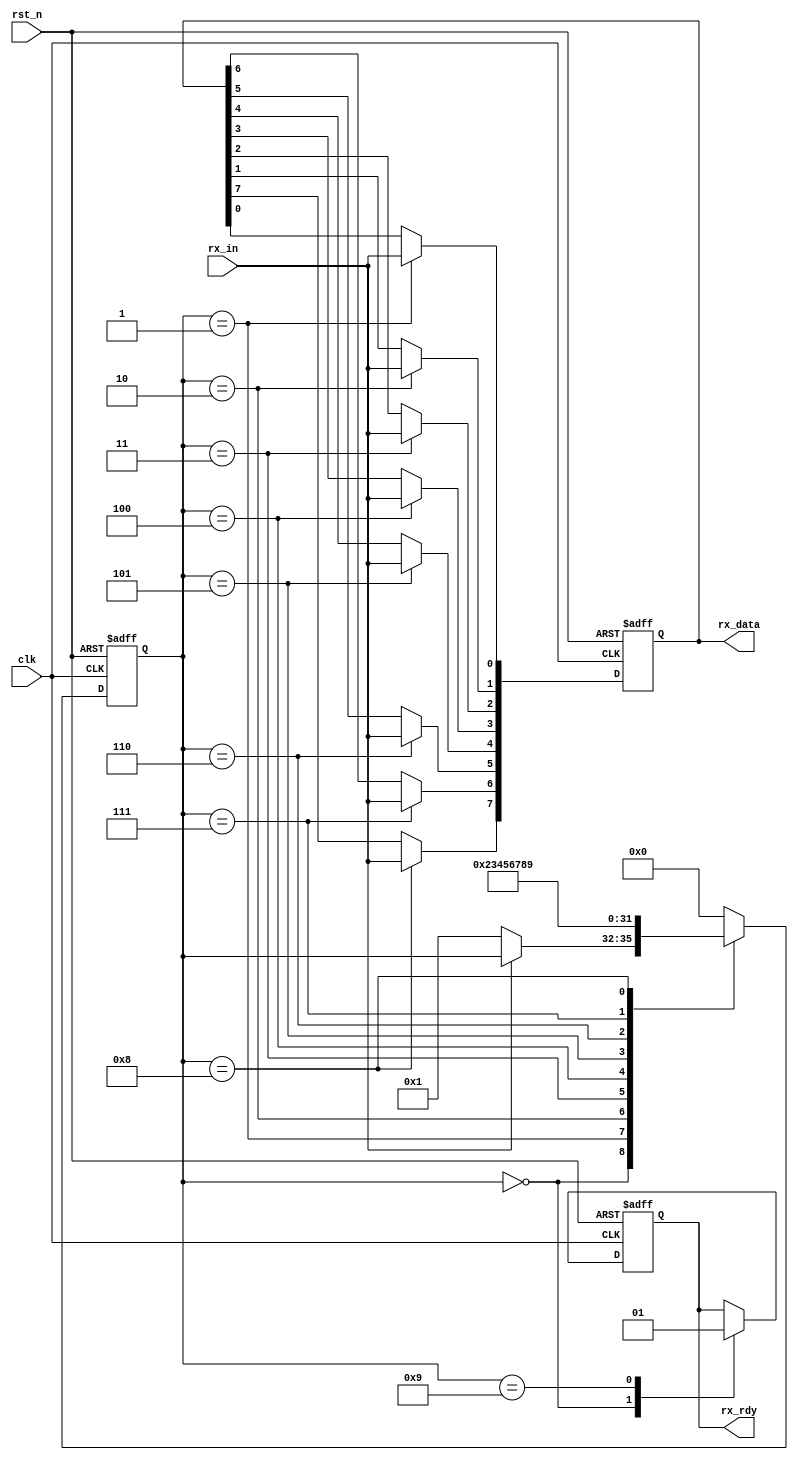
module uart_rx
(
  input  wire       clk, // 9600hz
  input  wire       rst_n,
  input  wire       rx_in,
  output reg  [7:0] rx_data,
  output reg        rx_rdy
);

localparam IDLE  = 0;
localparam BIT_0 = 1;
localparam BIT_1 = 2;
localparam BIT_2 = 3;
localparam BIT_3 = 4;
localparam BIT_4 = 5;
localparam BIT_5 = 6;
localparam BIT_6 = 7;
localparam BIT_7 = 8;
localparam READY = 9;

reg [3:0] state;

always @(posedge clk or negedge rst_n) begin
  if (~rst_n) begin
    state <= IDLE;
    rx_data <= 0;
    rx_rdy <= 0;
  end
  else begin
    case (state)
      IDLE: begin
        rx_rdy <= 0;
        if (rx_in == 1'b0)
          state <= BIT_0;
      end
      BIT_0: begin
        rx_data[0] <= rx_in;
        state <= BIT_1;
      end
      BIT_1: begin
        rx_data[1] <= rx_in;
        state <= BIT_2;
      end
      BIT_2: begin
        rx_data[2] <= rx_in;
        state <= BIT_3;
      end
      BIT_3: begin
        rx_data[3] <= rx_in;
        state <= BIT_4;
      end
      BIT_4: begin
        rx_data[4] <= rx_in;
        state <= BIT_5;
      end
      BIT_5: begin
        rx_data[5] <= rx_in;
        state <= BIT_6;
      end
      BIT_6: begin
        rx_data[6] <= rx_in;
        state <= BIT_7;
      end
      BIT_7: begin
        rx_data[7] <= rx_in;
        state <= READY;
      end
      READY: begin
        rx_rdy <= 1;
        state <= IDLE;
      end
      default:
        state <= IDLE;
    endcase
  end
end

endmodule